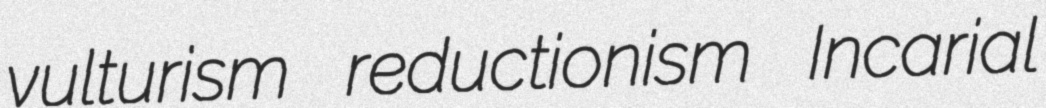
vulturism reductionism Incarial